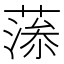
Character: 𦸼